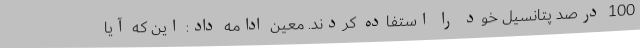
100 درصد پتانسیل خود را استفاده کردند. معین ادامه داد: این که آیا